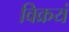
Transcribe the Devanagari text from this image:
विक्रयं